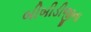
બીબીડીજીના